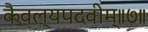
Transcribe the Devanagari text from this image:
कैवल्यपदवीम्॥७॥